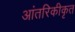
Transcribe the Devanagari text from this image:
आंतरिकीकृत